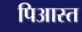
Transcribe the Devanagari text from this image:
पिआस्त